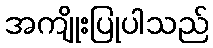
အကျိုးပြုပါသည်